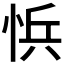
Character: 𭜾